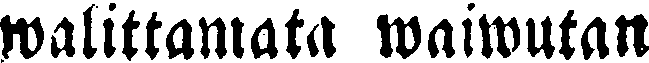
walittamata waiwutan